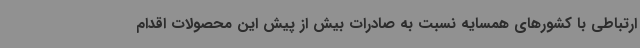
ارتباطی با کشورهای همسایه نسبت به صادرات بیش از پیش این محصولات اقدام